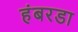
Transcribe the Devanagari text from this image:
हंबरडा